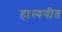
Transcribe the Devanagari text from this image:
हास्यगीत